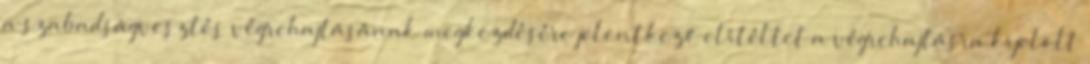
a szabadságvesztés végrehajtásának megkezdésére jelentkező elítéltet a végrehajtásra kijelölt